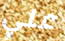
علي